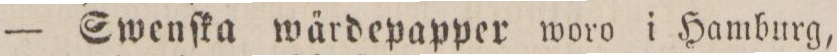
— Swenſka wärdepapper woro i Hamburg,